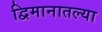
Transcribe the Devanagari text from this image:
द्विमानातल्या